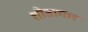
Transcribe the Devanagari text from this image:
शीतागार